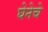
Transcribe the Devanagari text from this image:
घेनेचे